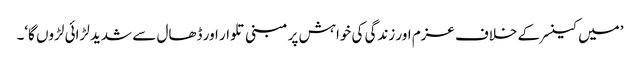
’میں کینسر کے خلاف عزم اور زندگی کی خواہش پر مبنی تلوار اور ڈھال سے شدید لڑائی لڑوں گا‘۔